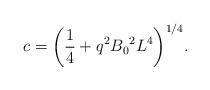
LaTeX: \begin{align*}c={\left({1\over 4}+ q^2 {B_0}^2 L^4\right)}^{1/4}.\end{align*}